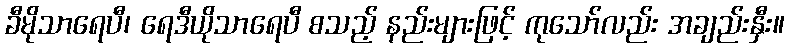
ခီမိုသာရေပီ၊ ရေဒီယိုသာရေပီ စသည့် နည်းများဖြင့် ကုသော်လည်း အချည်းနှီး။